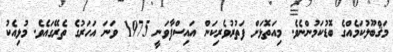
މަޤްބޫލުކަމެއްގެ ބޮޑުކަމުންނެވެ. މިއަތޮޅަށް ފަތުރުވެރިކަން އައިސްފާވަނީ 1975 ވަނަ އަހަރުގެ ތެރޭގައެވެ. މުޅިއެކު